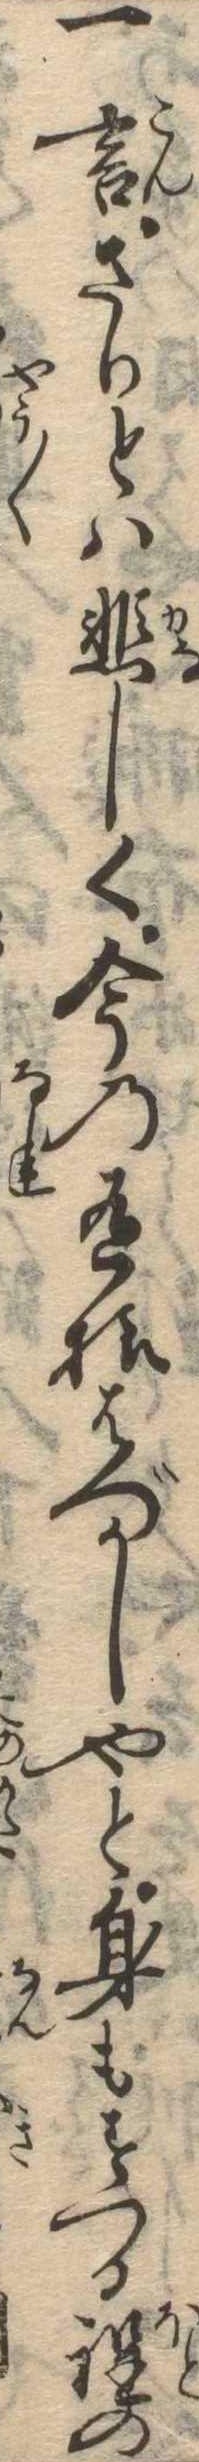
一言さりとは悲しく今の有様はづかしやと身もすつる程の